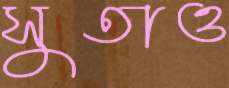
সুতাও